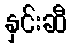
နှင်းဆီ